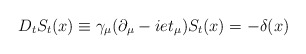
\begin{align*}D_tS_t(x)\equiv \gamma_{\mu}(\partial_{\mu}-iet_{\mu})S_t(x)=-\delta (x)\end{align*}